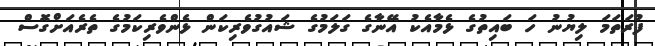
ފުރަތަމަ ލިޔުނު ހަ ބައިތުގެ ޅެމާއެކު އޭނާގެ ގަލަމުގެ ޝައުގުވެރިކަން ޅެންވެރިކަމުގެ ތެރެއަށްގޮސް